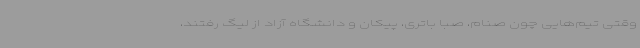
وقتی تیم‌هایی چون صنام، صبا باتری، پیکان و دانشگاه آزاد از لیگ رفتند،